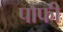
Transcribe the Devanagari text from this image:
पौफी